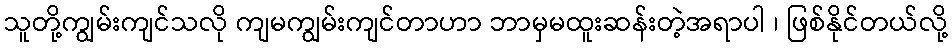
သူတို့ကျွမ်းကျင်သလို ကျမကျွမ်းကျင်တာဟာ ဘာမှမထူးဆန်းတဲ့အရာပါ ၊ ဖြစ်နိုင်တယ်လို့